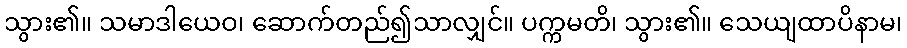
သွား၏။ သမာဒါယေဝ၊ ဆောက်တည်၍သာလျှင်။ ပက္ကမတိ၊ သွား၏။ သေယျထာပိနာမ၊